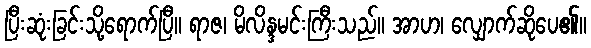
ပြီးဆုံးခြင်းသို့ရောက်ပြီ။ ရာဇ၊ မိလိန္ဒမင်းကြီးသည်။ အာဟ၊ လျှောက်ဆိုပေ၏။